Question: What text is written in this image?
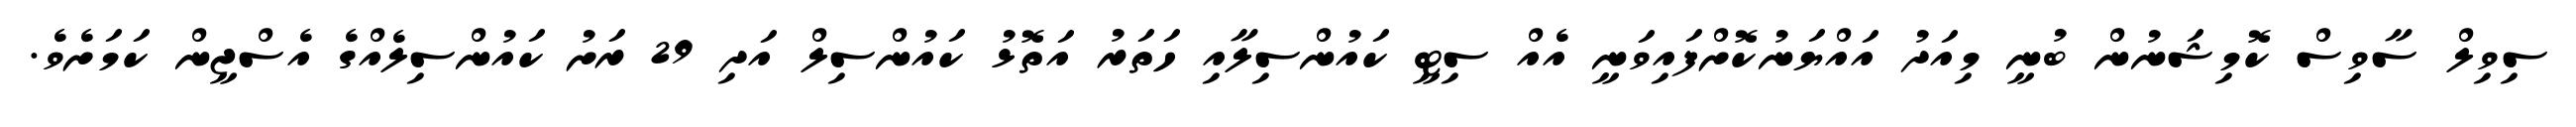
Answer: ސިވިލް ސާވިސް ކޮމިޝަނުން ބުނީ މިއަދު އައްޔަނުކޮށްފައިވަނީ އެއް ސިޓީ ކައުންސިލާއި ހަތަރު އަތޮޅު ކައުންސިލް އަދި 29 ރަށު ކައުންސިލެއްގެ އެސްޖީން ކަމަށެވެ.